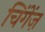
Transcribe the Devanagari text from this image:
चिंगेंज़